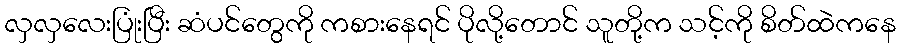
လှလှလေးပြုံးပြီး ဆံပင်တွေကို ကစားနေရင် ပိုလို့တောင် သူတို့က သင့်ကို စိတ်ထဲကနေ